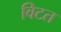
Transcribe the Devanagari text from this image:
विटत